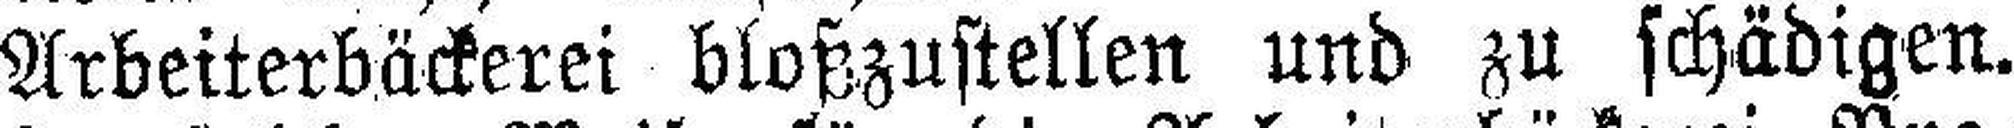
Arbeiterbäckerei bloßzustellen und zu schädigen.